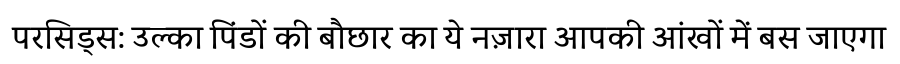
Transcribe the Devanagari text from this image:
परसिड्स: उल्का पिंडों की बौछार का ये नज़ारा आपकी आंखों में बस जाएगा